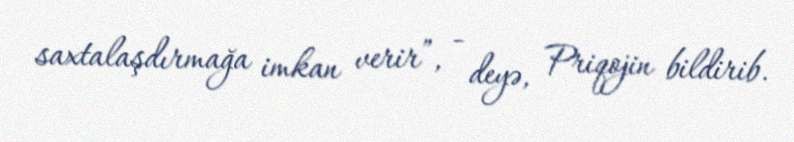
saxtalaşdırmağa imkan verir”, - deyə, Priqojin bildirib.